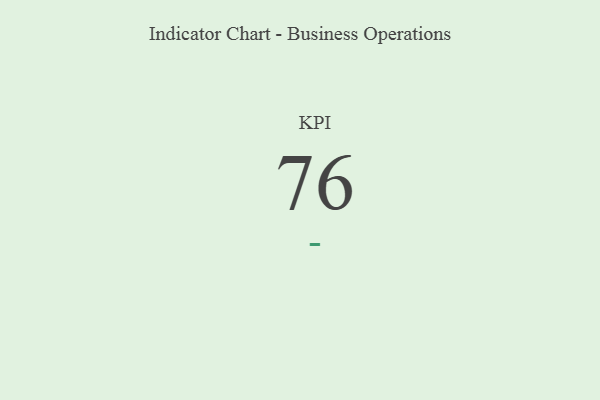
{"axis": {"x": "KPI", "y": "Value"}, "legend": [""], "data": [{"x": "KPI", "y": 76, "type": ""}]}